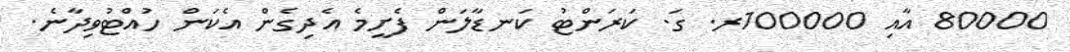
80000 އާއި 100000ރ. ގަ. ކަރަންޓު ކަނޑާލަން ފެށީމެ އެދިގެން އެކަން ހުއްޓުވިދާނެ.